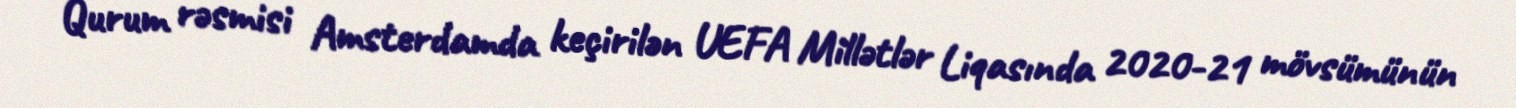
Qurum rəsmisi Amsterdamda keçirilən UEFA Millətlər Liqasında 2020-21 mövsümünün